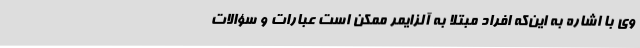
وی با اشاره به این‌که افراد مبتلا به آلزایمر ممکن است عبارات و سؤالات